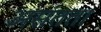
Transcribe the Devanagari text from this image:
असंतता